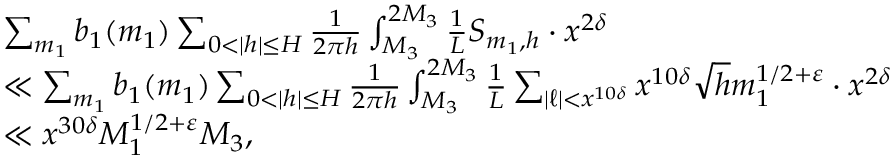
\begin{array} { r l } & { \sum _ { m _ { 1 } } b _ { 1 } ( m _ { 1 } ) \sum _ { 0 < | h | \le H } \frac { 1 } { 2 \pi h } \int _ { M _ { 3 } } ^ { 2 M _ { 3 } } \frac { 1 } { L } S _ { m _ { 1 } , h } \cdot x ^ { 2 \delta } \d t } \\ & { \ll \sum _ { m _ { 1 } } b _ { 1 } ( m _ { 1 } ) \sum _ { 0 < | h | \le H } \frac { 1 } { 2 \pi h } \int _ { M _ { 3 } } ^ { 2 M _ { 3 } } \frac { 1 } { L } \sum _ { | \ell | < x ^ { 1 0 \delta } } x ^ { 1 0 \delta } \sqrt { h } m _ { 1 } ^ { 1 / 2 + \varepsilon } \cdot x ^ { 2 \delta } \d t } \\ & { \ll x ^ { 3 0 \delta } M _ { 1 } ^ { 1 / 2 + \varepsilon } M _ { 3 } , } \end{array}